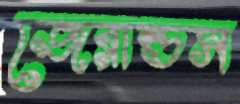
জেরাল্ডস